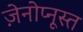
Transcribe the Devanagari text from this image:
ज़ेनोप्नूस्त